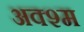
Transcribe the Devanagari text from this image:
अक्श्म